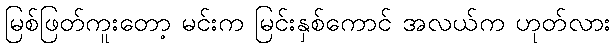
မြစ်ဖြတ်ကူးတော့ မင်းက မြင်းနှစ်ကောင် အလယ်က ဟုတ်လား